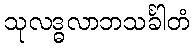
သုလဒ္ဓလာဘသင်္ခါတံ